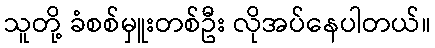
သူတို့ ခံစစ်မှူးတစ်ဦး လိုအပ်နေပါတယ်။